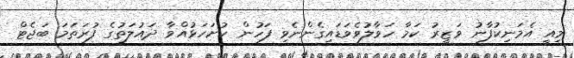
މިއީ އެމަނިކުފާނު ވަޒީރު ކަމާ ހަވާލުވެވަޑައިގެންނެވި ފަހުން ހުށަހަޅުއްވާ ދައުލަތުގެ ފުރަތަމަ ބަޖެޓް